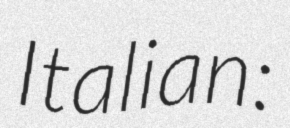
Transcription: Italian: